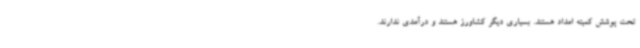
تحت پوشش کمیته امداد هستند. بسیاری دیگر کشاورز هستند و درآمدی ندارند.